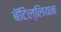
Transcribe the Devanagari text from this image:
बॅटिल्लियन